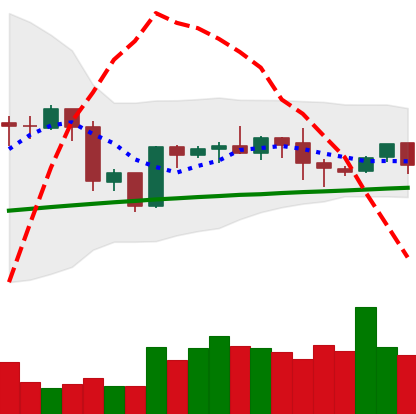
Ticker: BTC-USD
Chart end date: 2020-10-06
Forward return: 7.353%
Label: up_7plus